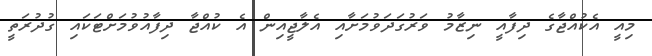
މިއީ އެކުއްޖާގެ ދިފާއީ ނިޒާމު ވަރުގަދަވުމަށާއި އެލާޖީއިން އެ ކުއްޖާ ދިފާއުވުމަށްޓަކައި ގުދުރަތީ